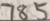
7 8 5